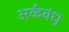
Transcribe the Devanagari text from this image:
अर्कबंधु